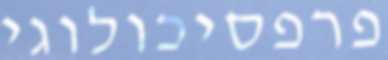
פרפסיכולוגי